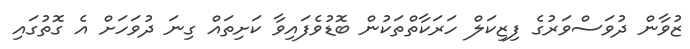
ޒުވާން ދުވަސްވަރުގެ ފިޒިކަލް ހަރަކާތްތަކުން ބޮޑުވެފައިވާ ކަށިތައް ގިނަ ދުވަހަށް އެ ގޮތުގައި